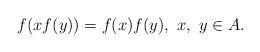
LaTeX: \begin{align*} f(xf(y))=f(x)f(y),\ x,\ y\in A.\end{align*}